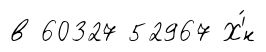
в 60327 52967 Х'́н